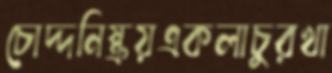
চোদ্দনিষ্ক্রয়একলাচুরখা